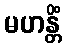
မဟန္တိံ